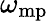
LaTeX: \omega_{\mathrm{mp}}